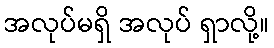
အလုပ်မရှိ အလုပ် ရှာလို့။